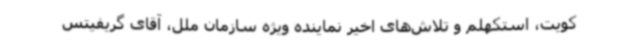
کویت، استکهلم و تلاش‌های اخیر نماینده ویژه سازمان ملل، آقای گریفیتس